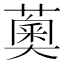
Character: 薁